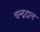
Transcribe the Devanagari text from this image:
चन्द्रदान